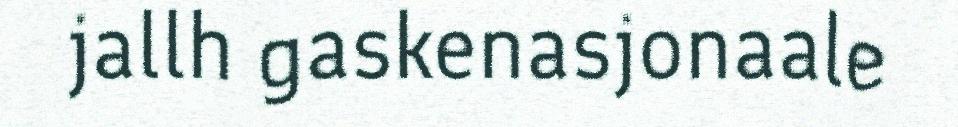
jallh gaskenasjonaale